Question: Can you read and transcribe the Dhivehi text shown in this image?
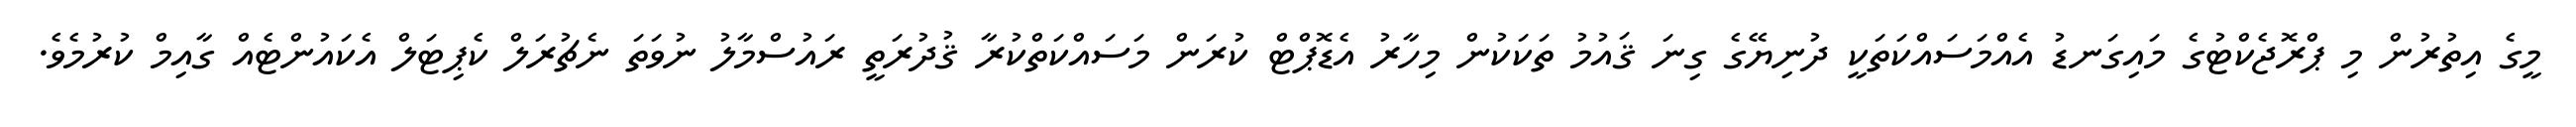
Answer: މީގެ އިތުރުން މި ޕްރޮޖެކްޓުގެ މައިގަނޑު އެއްމަސައްކަތަކީ ދުނިޔޭގެ ގިނަ ޤައުމު ތަކަކުން މިހާރު އެޑޮޕްޓް ކުރަން މަސައްކަތްކުރާ ޤުދުރަތީ ރައުސްމާލު ނުވަތަ ނެޗުރަލް ކެޕިޓަލް އެކައުންޓެއް ގާއިމް ކުރުމެވެ.